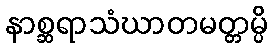
နာစ္ဆရာသံဃာတမတ္တမ္ပိ